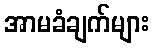
အာမခံချက်များ